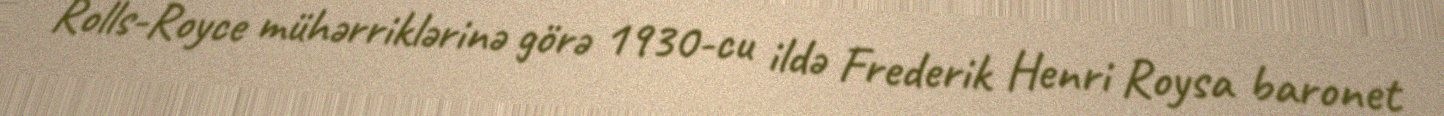
Rolls-Royce mühərriklərinə görə 1930-cu ildə Frederik Henri Roysa baronet